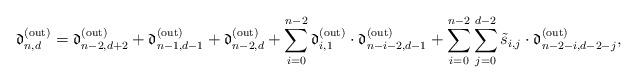
LaTeX: \begin{align*}\mathfrak{d}^{\rm (out)}_{n,d} = \mathfrak{d}^{\rm (out)}_{n-2,d+2} + \mathfrak{d}^{\rm (out)}_{n-1,d-1} + \mathfrak{d}^{\rm (out)}_{n-2,d} + \sum\limits_{i=0}^{n-2} \mathfrak{d}^{\rm (out)}_{i,1}\cdot \mathfrak{d}^{\rm (out)}_{n-i-2,d-1} + \sum\limits_{i=0}^{n-2}\sum\limits_{j=0}^{d-2} \tilde{s}_{i,j}\cdot \mathfrak{d}^{\rm (out)}_{n-2-i,d-2-j},\end{align*}